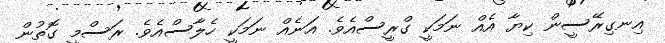
އިނގިރޭސީން ކިޔާ އެއް ނަމަކީ ގްރީސްއެވެ. އަނެއް ނަމަކީ ހެލާސްއެވެ. ރަސްމީ ގޮތުން